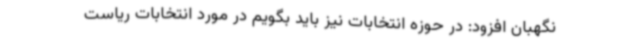
نگهبان افزود: در حوزه انتخابات نیز باید بگویم در مورد انتخابات ریاست